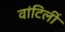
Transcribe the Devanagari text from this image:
वांटिलीं